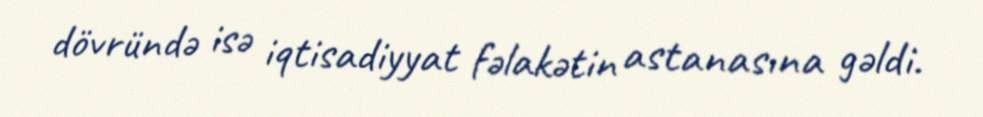
dövründə isə iqtisadiyyat fəlakətin astanasına gəldi.